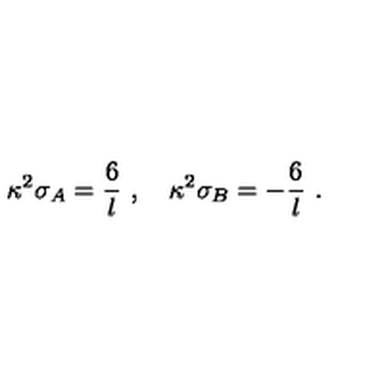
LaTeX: \kappa ^ { 2 } \sigma _ { A } = \frac { 6 } { l } \ , \quad \kappa ^ { 2 } \sigma _ { B } = - \frac { 6 } { l } \ .